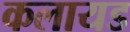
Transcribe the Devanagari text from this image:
कलायड